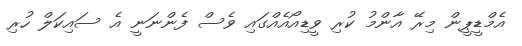
އެމްޑީޕީން މިރޭ އާންމު ކުރި ވީޑިއޯއެއްގައި ވެސް ފެންނަނީ އެ ސައިކަލް ހުރި